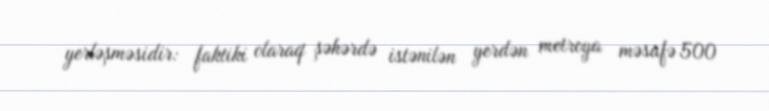
yerləşməsidir: faktiki olaraq şəhərdə istənilən yerdən metroya məsafə 500